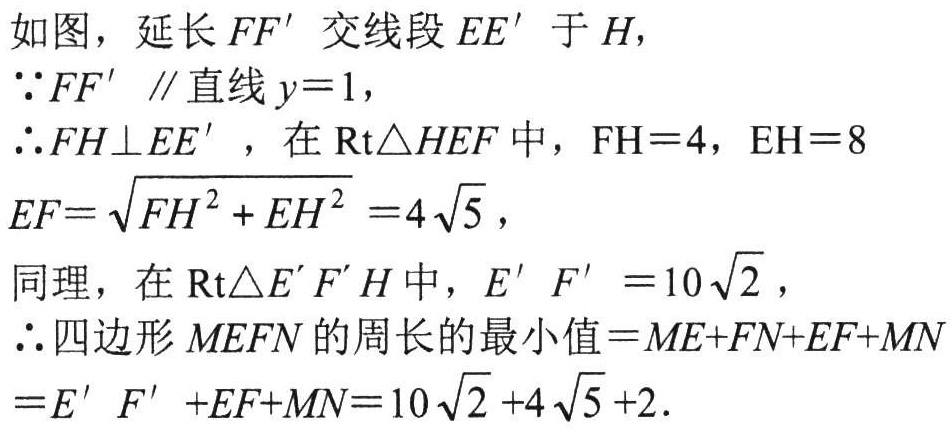
如图，延长 \(FF'\) 交线段 \(EE'\) 于 \(H\)，
\(\because FF'\parallel\)直线 \(y = 1\)，
\(\therefore FH\perp EE'\)，在 \(\text{Rt}\triangle HEF\) 中，\(\text{FH}=4\)，\(\text{EH}=8\)
\(EF = \sqrt{FH^{2}+EH^{2}}=4\sqrt{5}\)，
同理，在 \(\text{Rt}\triangle E'F'H\) 中，\(E'F' = 10\sqrt{2}\)，
\(\therefore\)四边形 \(MEFN\) 的周长的最小值 \(=ME + FN+EF + MN\)
\(=E'F'+EF + MN=10\sqrt{2}+4\sqrt{5}+2\)．